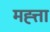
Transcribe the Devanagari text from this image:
मह्त्ता